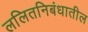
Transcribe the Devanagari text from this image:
ललितनिबंधातील